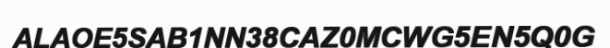
ALAOE5SAB1NN38CAZ0MCWG5EN5Q0G